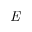
\textit { E }